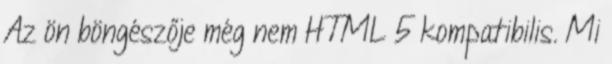
Az ön böngészője még nem HTML 5 kompatibilis. Mi